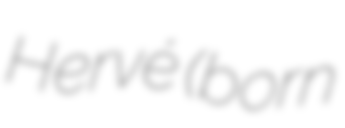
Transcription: Hervé (born